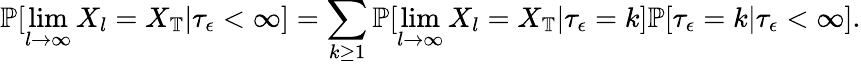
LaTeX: \mathbb{P}[\operatorname*{lim}_{l\to\infty}X_{l}=X_{\mathbb{T}}|\tau_{\epsilon}<\infty]=\sum_{k\ge 1}\mathbb{P}[\operatorname*{lim}_{l\to\infty}X_{l}=X_{\mathbb{T}}|\tau_{\epsilon}=k]\mathbb{P}[\tau_{\epsilon}=k|\tau_{\epsilon}<\infty].